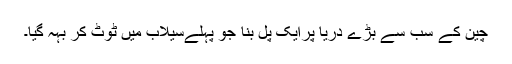
چین کے سب سے بڑے دریا پرایک پل بنا جو پہلےسیلاب میں ٹوٹ کر بہہ گیا۔